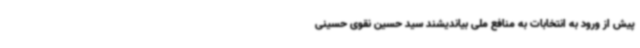
پیش از ورود به انتخابات به منافع ملی بیاندیشند سید حسین نقوی حسینی